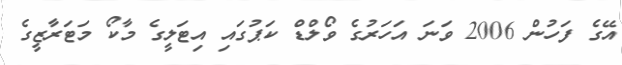
އޭގެ ފަހުން 2006 ވަނަ އަހަރުގެ ވޯލްޑް ކަޕުގައި އިޓަލީގެ މާކޯ މަޓަރާޒީގެ